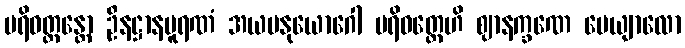
ပရိဝတ္တန္တော ဦနဋ္ဌာနပူရဏံ အယမနုယောဂေါ ပရိဝတ္တေဟိ ဈာနက္ခဏေ ပေယျာလော